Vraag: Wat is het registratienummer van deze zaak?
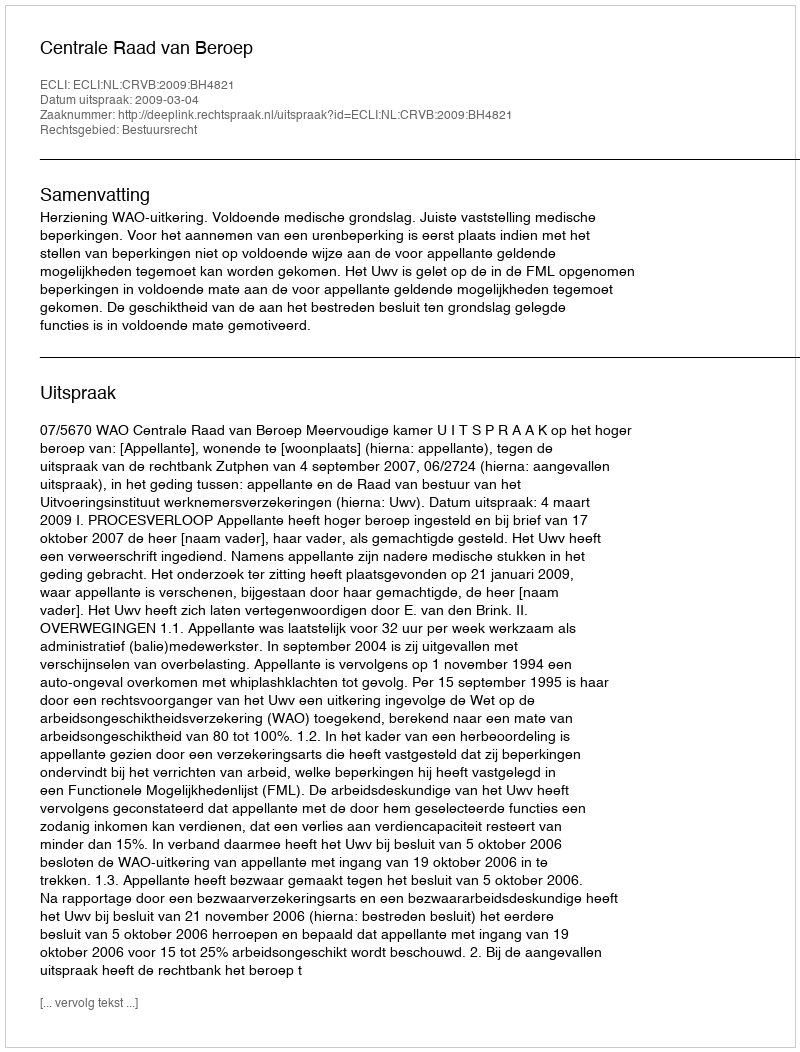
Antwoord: http://deeplink.rechtspraak.nl/uitspraak?id=ECLI:NL:CRVB:2009:BH4821